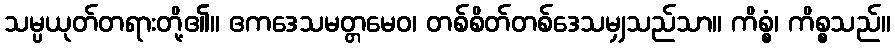
သမ္ပယုတ်တရားတို့၏။ ဧကဒေသမတ္တမေဝ၊ တစ်စိတ်တစ်ဒေသမျှသည်သာ။ ကိစ္စံ၊ ကိစ္စသည်။